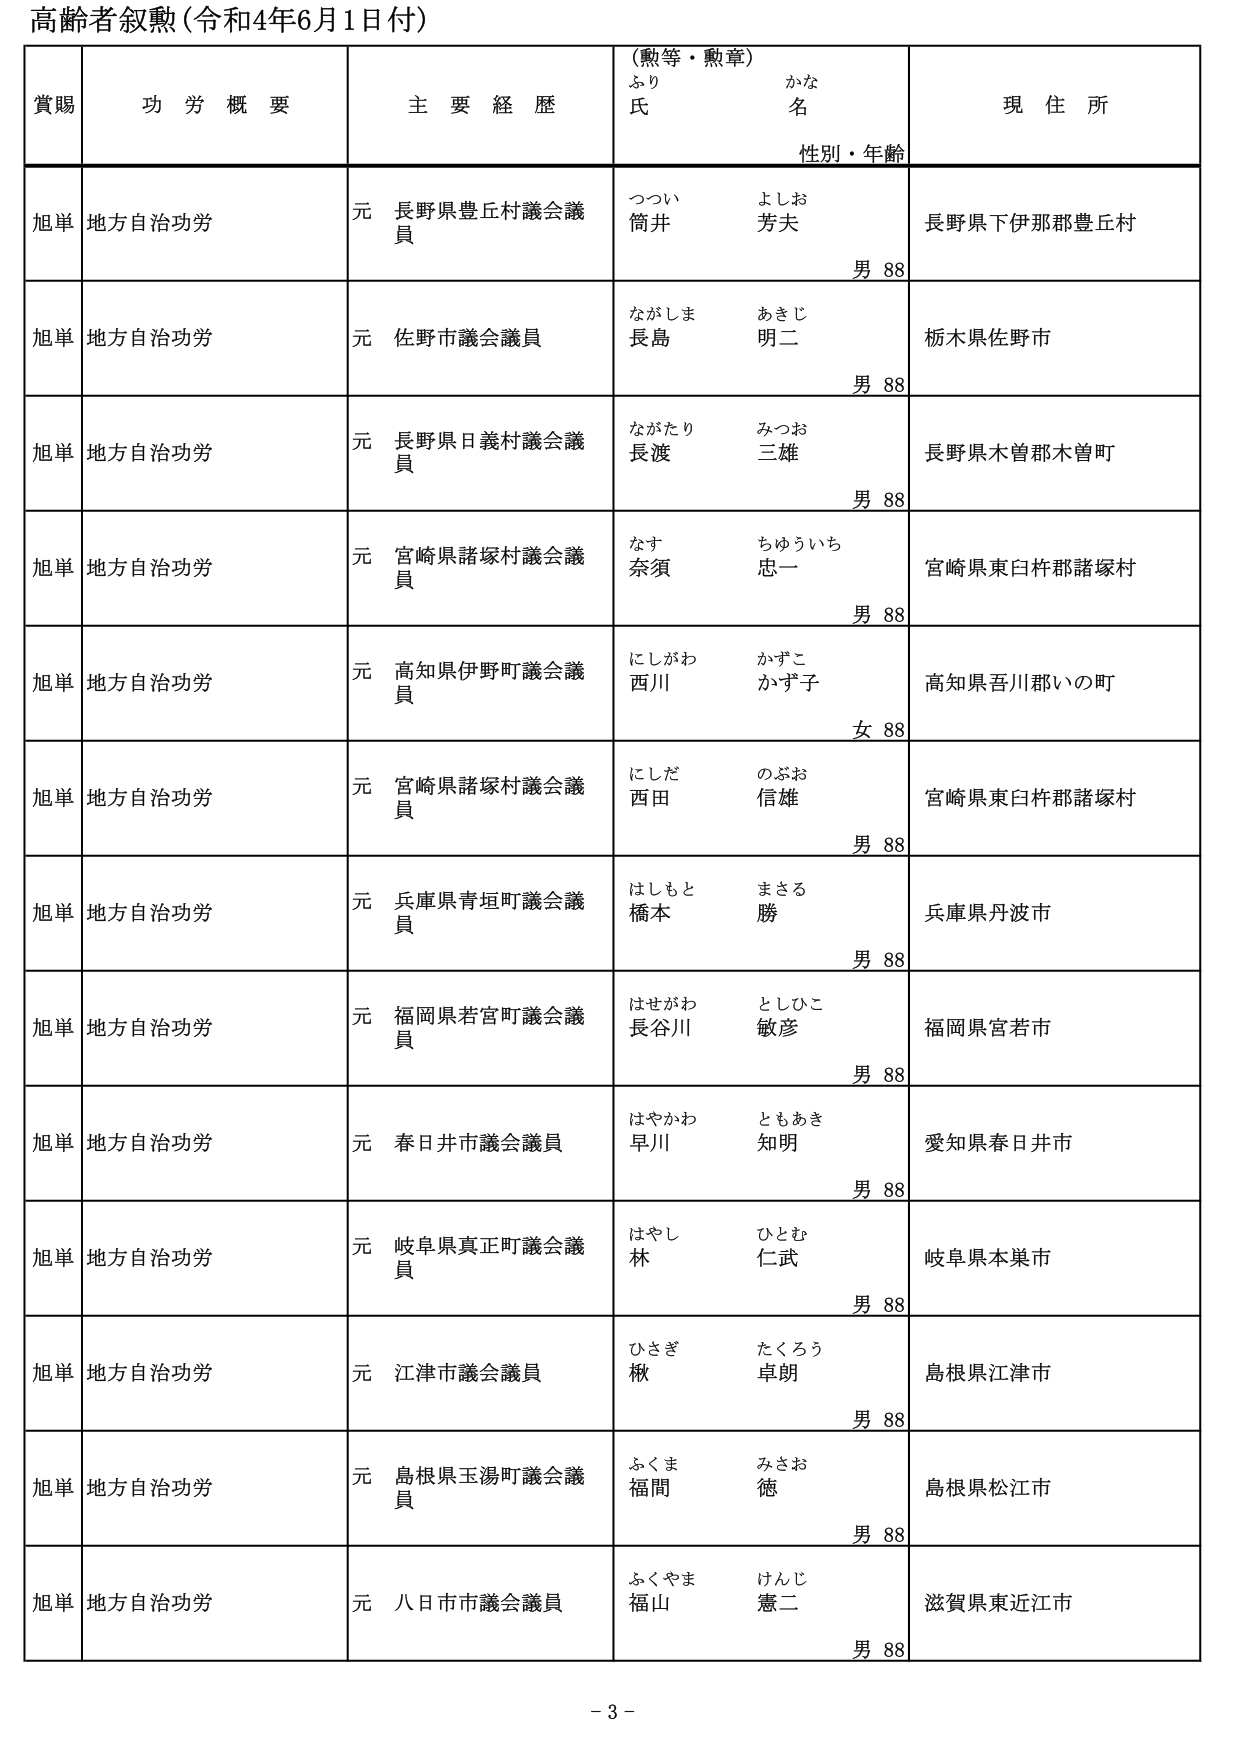
高齢者叙勲（令和4年6月1日付）

賞賜　　功労概要　　主要経歴　　（勲等・勲章）　　現住所
　　　　　　　　　　　　　　ふり　　　かな　　　　性別・年齢
　　　　　　　　　　　　　　氏　　　　名

旭単　地方自治功労　　元　長野県豊丘村議会議員　　つつい　よしお　　長野県下伊那郡豊丘村
　　　　　　　　　　　　　　　　　　　　　　　　　　筒井　芳夫　　男 88

旭単　地方自治功労　　元　佐野市議会議員　　　　ながしま　あきじ　　栃木県佐野市
　　　　　　　　　　　　　　　　　　　　　　　　　　長島　明二　　男 88

旭単　地方自治功労　　元　長野県日義村議会議員　　ながたり　みつお　　長野県木曽郡木曽町
　　　　　　　　　　　　　　　　　　　　　　　　　　長渡　三雄　　男 88

旭単　地方自治功労　　元　宮崎県諸塚村議会議員　　なす　ちゅういち　　宮崎県東臼杵郡諸塚村
　　　　　　　　　　　　　　　　　　　　　　　　　　奈須　忠一　　男 88

旭単　地方自治功労　　元　高知県伊野町議会議員　　にしがわ　かずこ　　高知県吾川郡いの町
　　　　　　　　　　　　　　　　　　　　　　　　　　西川　かず子　　女 88

旭単　地方自治功労　　元　宮崎県諸塚村議会議員　　にしだ　のぶお　　宮崎県東臼杵郡諸塚村
　　　　　　　　　　　　　　　　　　　　　　　　　　西田　信雄　　男 88

旭単　地方自治功労　　元　兵庫県青垣町議会議員　　はしもと　まさる　　兵庫県丹波市
　　　　　　　　　　　　　　　　　　　　　　　　　　橋本　勝　　男 88

旭単　地方自治功労　　元　福岡県若宮町議会議員　　はせがわ　としひこ　　福岡県宮若市
　　　　　　　　　　　　　　　　　　　　　　　　　　長谷川　敏彦　　男 88

旭単　地方自治功労　　元　春日井市議会議員　　　　はやかわ　ともあき　　愛知県春日井市
　　　　　　　　　　　　　　　　　　　　　　　　　　早川　知明　　男 88

旭単　地方自治功労　　元　岐阜県真正町議会議員　　はやし　ひとむ　　岐阜県本巣市
　　　　　　　　　　　　　　　　　　　　　　　　　　林　仁武　　男 88

旭単　地方自治功労　　元　江津市議会議員　　　　ひさぎ　たくろう　　島根県江津市
　　　　　　　　　　　　　　　　　　　　　　　　　　樫　卓朗　　男 88

旭単　地方自治功労　　元　島根県玉湯町議会議員　　ふくま　みさお　　島根県松江市
　　　　　　　　　　　　　　　　　　　　　　　　　　福間　徳　　男 88

旭単　地方自治功労　　元　八日市市議会議員　　　　ふくやま　けんじ　　滋賀県東近江市
　　　　　　　　　　　　　　　　　　　　　　　　　　福山　憲二　　男 88

- 3 -